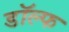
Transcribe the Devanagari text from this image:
डॉल्फ